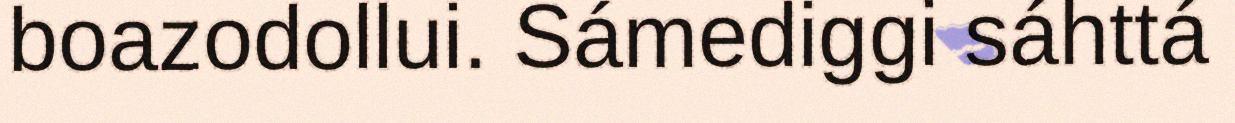
boazodollui. Sámediggi sáhttá